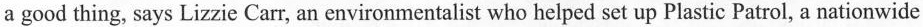
a good thing, says Lizzie Carr, an environmentalist who helped set up Plastic Patrol, a nationwide